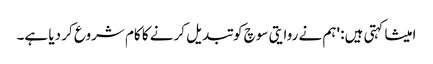
امیشا کہتی ہیں: 'ہم نے روایتی سوچ کو تبدیل کرنے کا کام شروع کر دیا ہے۔